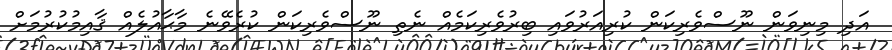
އަދި މިނިވަން ނޫސްވެރިކަން ކުރިއަރުވައި ބިރުވެރިކަމެއް ނެތި ނޫސްވެރިކަން ކުރެވޭނެ މާޙާއުލެއް ޤާއިމުކުރުމަށް